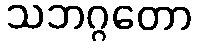
သဘဂ္ဂတော